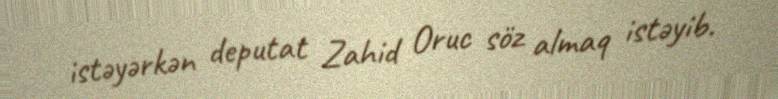
istəyərkən deputat Zahid Oruc söz almaq istəyib.